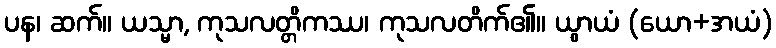
ပန၊ ဆက်။ ယသ္မာ, ကုသလတ္တိကဿ၊ ကုသလတိက်၏။ ယွာယံ (ယော+အယံ)